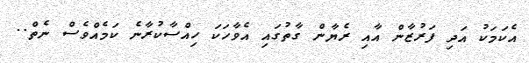
އެކަމަކު އަދި ފަރުޒާން އާއި ރެޔާން ގާތުގައި އެވާހަކަ ހިއްސާކުރާނެ ކަމެއްވެސް ނެތް..